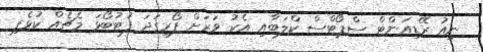
ނިއު ރޭޑިއަންޓް ސްޕޯޓްސް ކްލަބާއި އެކު ވަރަށް ފޯރިގަދަ ފުޓުބޯޅަ މެޗެއް ކުޅެފި